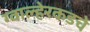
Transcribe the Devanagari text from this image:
ग्वाल्हेरकडचे